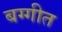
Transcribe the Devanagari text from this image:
बग्गीत